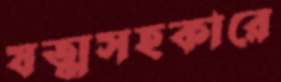
যত্মসহকারে